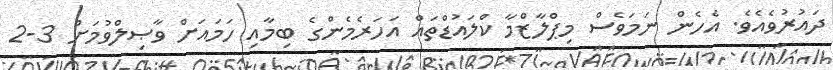
ދައުރުވެއެވެ. އެހެން ނަމަވެސް މިޕްލާޒްމާ ކްލައުޑްތައް އަހަރެމެންގެ ބިމާއި ހަމައަށް ވާޞިލްވުމަށް 3-2